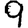
Digit: 9